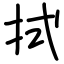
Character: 拭